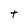
Character: t